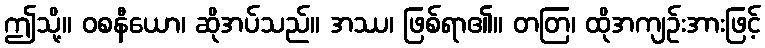
ဤသို့။ ဝစနီယော၊ ဆိုအပ်သည်။ အဿ၊ ဖြစ်ရာ၏။ တတြ၊ ထိုအကျဉ်းအားဖြင့်